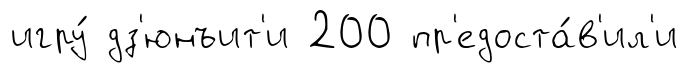
игру́ дз'юнъит'и 200 пр'едоста́в'ил'и